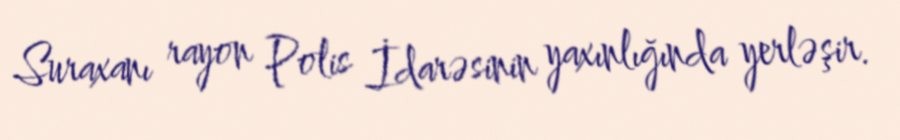
Suraxanı rayon Polis İdarəsinin yaxınlığında yerləşir.